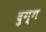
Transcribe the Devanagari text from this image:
दुग्ग